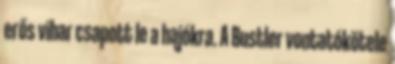
erős vihar csapott le a hajókra. A Bustler vontatókötele